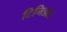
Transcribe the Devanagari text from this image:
टिनिडाड